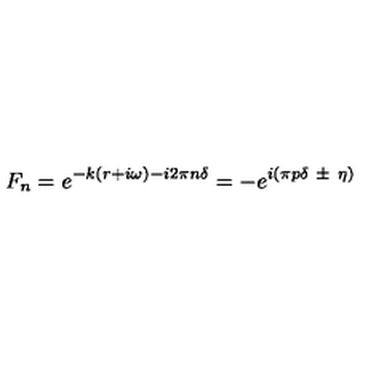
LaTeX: F _ { n } = e ^ { - k ( r + i \omega ) - i 2 \pi n \delta } = - e ^ { i ( \pi p \delta \ \pm \ \eta ) }